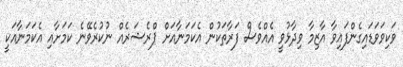
ވަކިވަވަޑައިގެންފައިވާ އާޒިމާ ވިދާޅުވީ އެއްވެސް ފަރާތަކުން އެކަމަނާއަށް ޕްރެޝަރެއް ނުކުރެވޭނެ ކަމަށާއި އެކަމަނާއަކީ